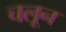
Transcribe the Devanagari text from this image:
चलून